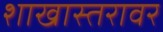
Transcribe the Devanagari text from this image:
शाखास्तरावर